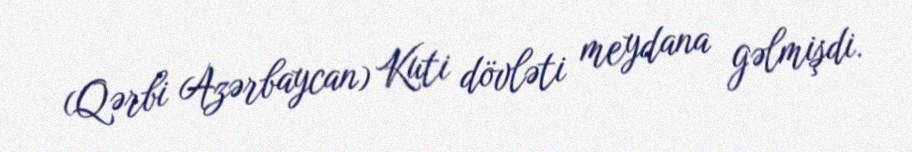
(Qərbi Azərbaycan) Kuti dövləti meydana gəlmişdi.